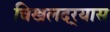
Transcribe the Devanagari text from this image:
चिखलदर्‍यास